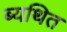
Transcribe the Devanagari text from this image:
ब्यथित